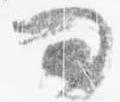
問